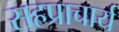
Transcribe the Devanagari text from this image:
सहप्राचार्य